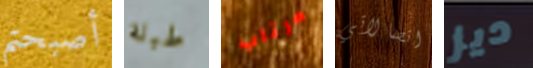
أصبحتم طبلة مرتاب اتصالاتي ديز